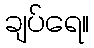
ချပ်ရေ။